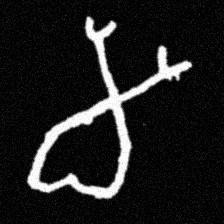
Pyu character \u2014 Myanmar letter: မ (romanized: ma)